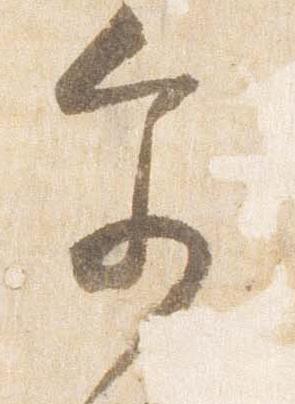
参